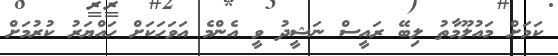
ކަމަށް މައުލޫމާތު ލިބޭ ރައީސް ނަޝީދު ވީ އެންމެ އަވަހަކަށް ހައްޔަރު ކުރުމަށް